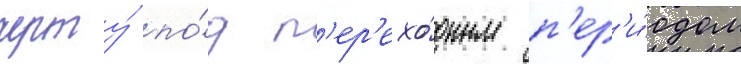
черту́ по́д п'ер'ехо́дным п'ер'и́одом